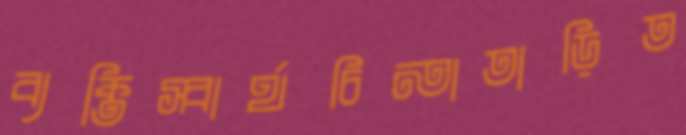
ব্যক্তিস্বার্থচিন্তাতাড়িত